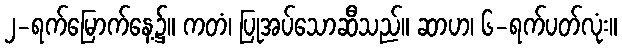
၂-ရက်မြောက်နေ့၌။ ကတံ၊ ပြုအပ်သောဆီသည်။ ဆာဟ၊ ၆-ရက်ပတ်လုံး။